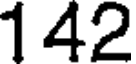
142